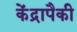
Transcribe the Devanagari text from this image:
केंद्रापैकी